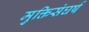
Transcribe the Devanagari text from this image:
मुक्तिसंघर्ष